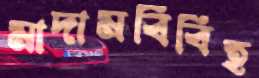
মাদামবিবিহ